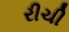
રીચી